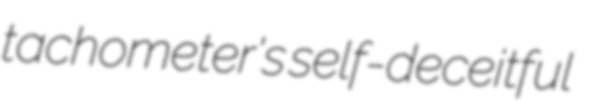
tachometer's self-deceitful